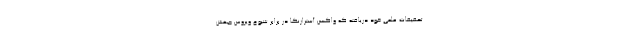
تحقیقات علمی خود دریافته که واکسن آسترازنکا در برابر شیوع ویروس جهش